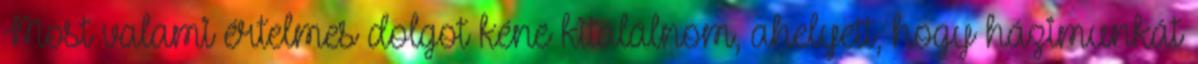
Most valami értelmes dolgot kéne kitalálnom, ahelyett, hogy házimunkát